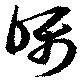
矚